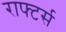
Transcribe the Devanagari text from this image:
राफ्टर्स